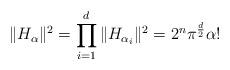
LaTeX: \begin{align*}\|H_{\alpha}\|^{2}=\prod_{i=1}^{d}\|H_{\alpha_{i}}\|^{2}=2^{n}\pi^{\frac{d}{2}}\alpha!\end{align*}